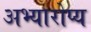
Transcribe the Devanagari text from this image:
अभ्यारोप्य